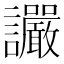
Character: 讝